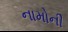
નામોની